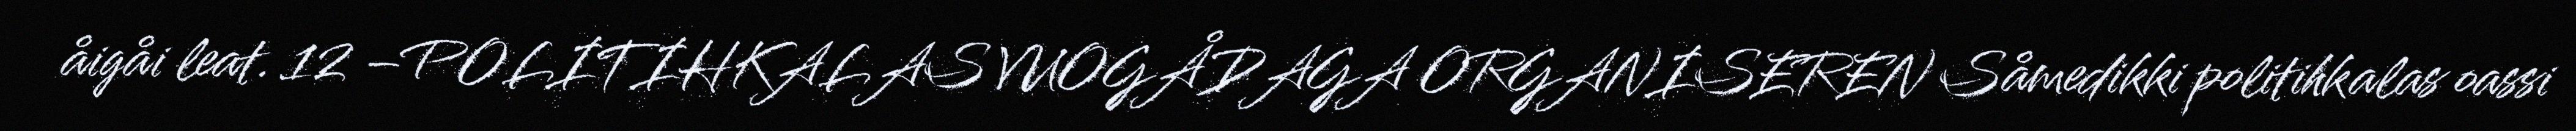
åigåi leat. 12 –POLITIHKALAS VUOGÅDAGA ORGANISEREN Såmedikki politihkalas oassi